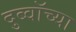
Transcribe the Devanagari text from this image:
दुब्वॉच्या